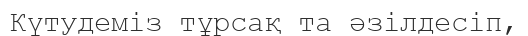
Күтудеміз тұрсақ та әзілдесіп,